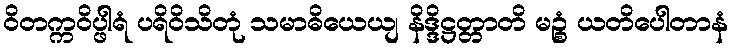
ဝိတက္ကဝိပ္ဖါရံ ပရိဝိသိတုံ သမာဓိယေယျ နိဒ္ဒိဋ္ဌတ္တာတိ မဉ္စံ ယတိပေါတာနံ